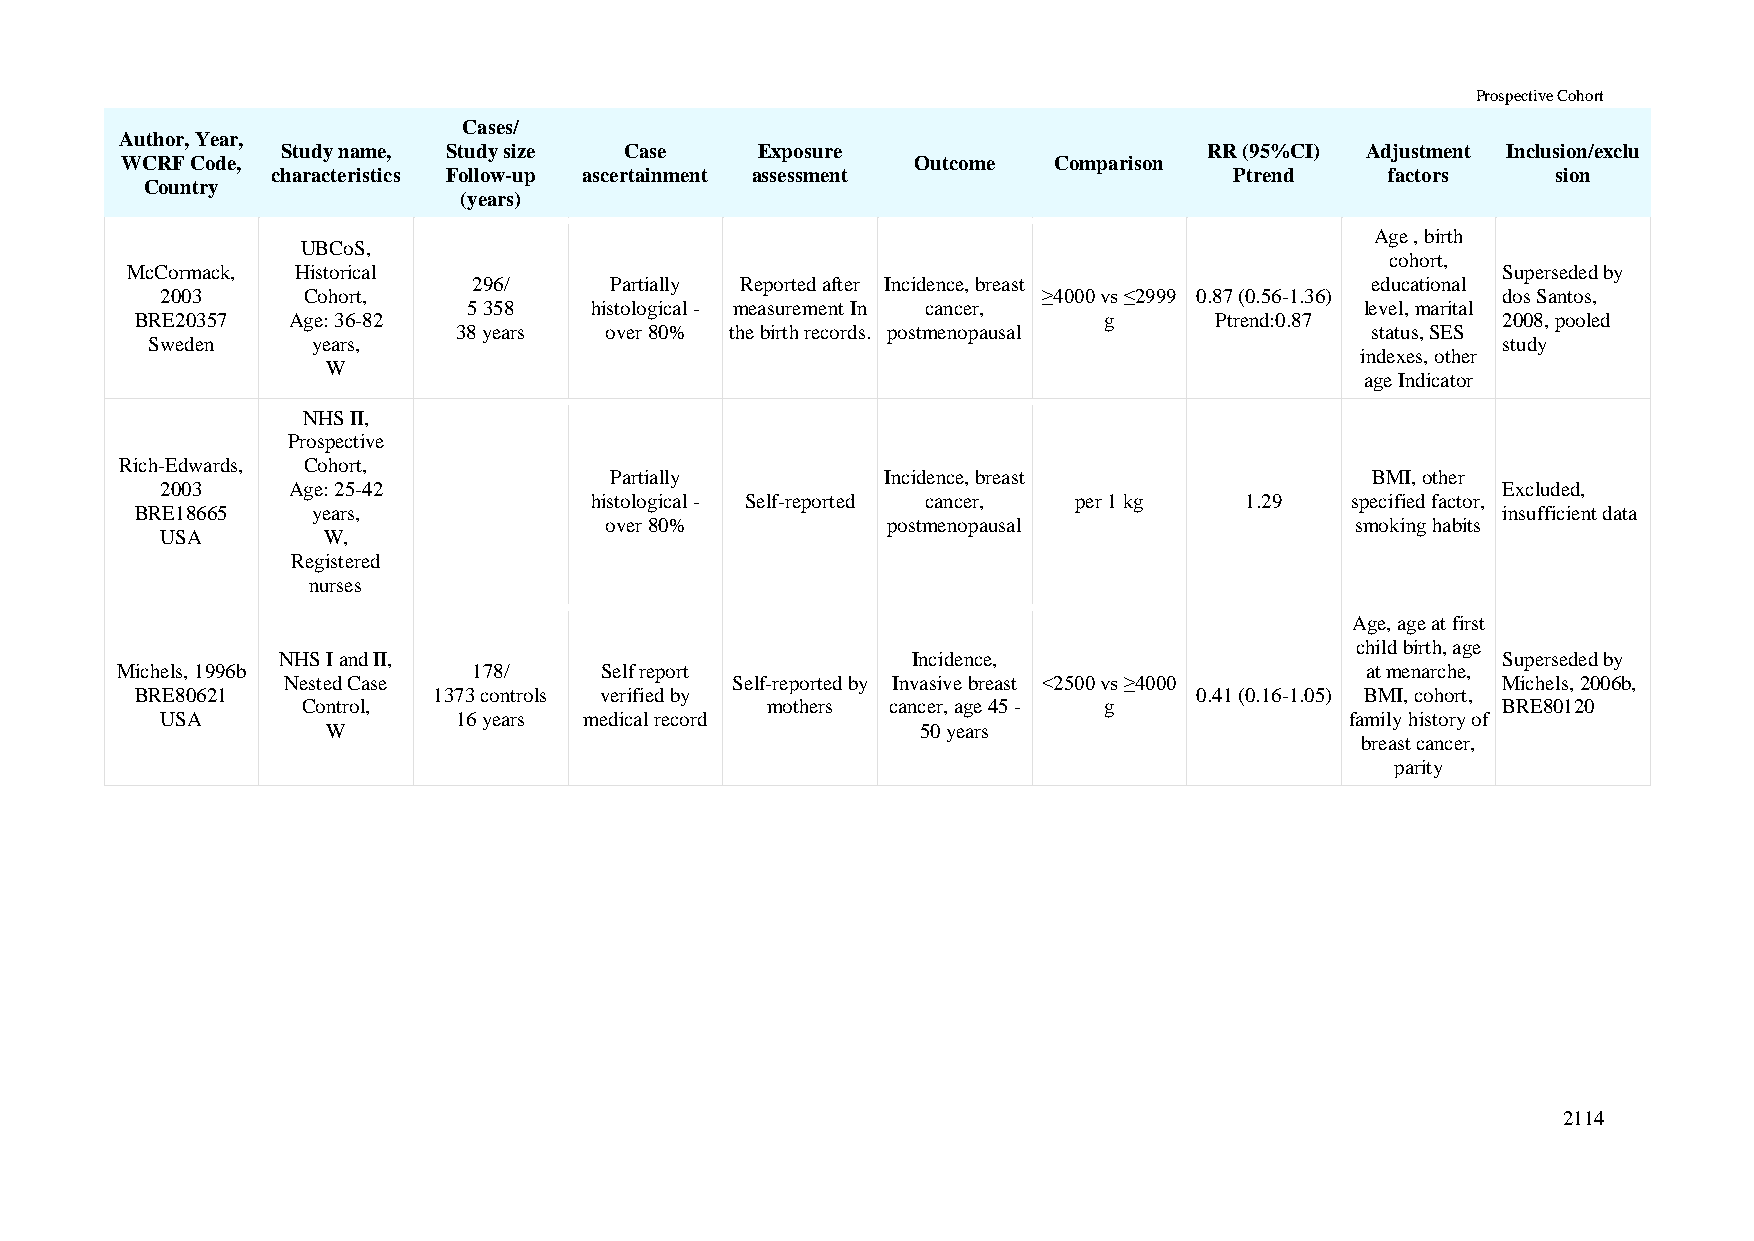
Prospective Cohort
 Cases/
 Author, Year,
 Study name, Study size Case    Exposure                      RR (95%CI) Adjustment Inclusion/exclu
 WCRF Code,                                           Outcome  Comparison
 characteristics Follow-up ascertainment assessment              Ptrend    factors    sion
 Country
 (years)
 Age , birth
 UBCoS,
 cohort,
 McCormack,  Historical                                                                     Superseded by
 296/     Partially Reported after Incidence, breast         educational
 2003     Cohort,                                          ≥4000 vs ≤2999 0.87 (0.56-1.36) dos Santos,
 5 358   histological - measurement In cancer,              level, marital
 BRE20357  Age: 36-82                                            g      Ptrend:0.87        2008, pooled
 38 years  over 80% the birth records. postmenopausal         status, SES
 Sweden     years,                                                                        study
 indexes, other
 W
 age Indicator
 NHS II,
 Prospective
 Rich-Edwards, Cohort,
 Partially          Incidence, breast               BMI, other
 2003    Age: 25-42                                                                      Excluded,
 histological - Self-reported cancer, per 1 kg 1.29 specified factor,
 BRE18665    years,                                                                        insufficient data
 over 80%           postmenopausal                 smoking habits
 USA       W,
 Registered
 nurses
 Age, age at first
 child birth, age
 NHS I and II,                             Incidence,                             Superseded by
 Michels, 1996b         178/     Self report                                       at menarche,
 Nested Case                  Self-reported by Invasive breast <2500 vs ≥4000    Michels, 2006b,
 BRE80621            1373 controls verified by                         0.41 (0.16-1.05) BMI, cohort,
 Control,                       mothers cancer, age 45 - g                      BRE80120
 USA                16 years medical record                                    family history of
 W                                      50 years
 breast cancer,
 parity
 2114